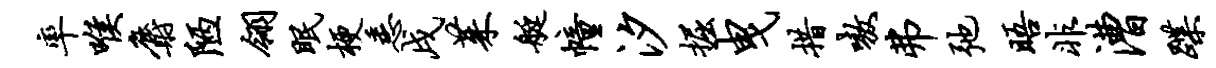
率喉麝陋翎眠梗悉戌茱艇幢汐掘曳措嗷弗弛晤非漕蹀